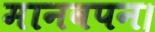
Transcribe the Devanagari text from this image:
मानवपन।